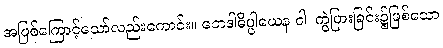
အဖြစ်ကြောင့်သော်လည်းကောင်း။ ဘေဒါဓိပ္ပါယေန ဝါ၊ ကွဲပြားခြင်း၌ဖြစ်သော